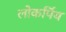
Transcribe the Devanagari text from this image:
लोकर्पिय